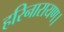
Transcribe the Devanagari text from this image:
हरिनारायण।